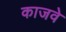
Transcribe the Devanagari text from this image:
काजवे